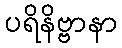
ပရိနိဗ္ဗာနာ